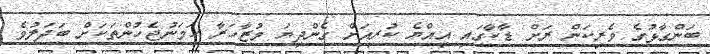
ބަންގާޅުގެ ވެރިކަން ރަށް ޑާކާގައި އިއްޔެ ކުރިއަށް ގެންދިޔަ މުޒާހަރާ ހަމަނުޖެހުންތަކަށް ބަދަލުވެ